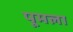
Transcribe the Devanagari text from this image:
पूमला